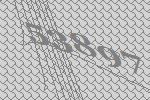
53897